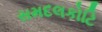
સમદલકોટિ